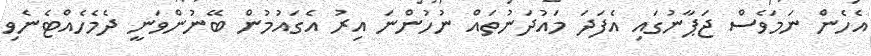
އެހެން ނަމަވެސް ޖަޕާނުގައި އެފަދަ މައުދަނުތައް ނުހުންނަ އިރު އެގައުމުން ބޭނުންވަނީ ދެމެހެއްޓެނެވި